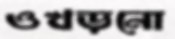
ওখড়নো